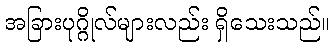
အခြားပုဂ္ဂိုလ်များလည်း ရှိသေးသည်။